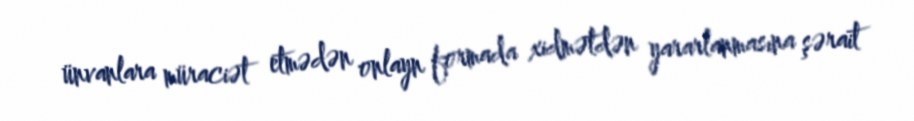
ünvanlara müraciət etmədən onlayn formada xidmətdən yararlanmasına şərait